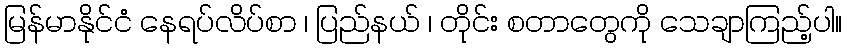
မြန်မာနိုင်ငံ နေရပ်လိပ်စာ ၊ ပြည်နယ် ၊ တိုင်း စတာတွေကို သေချာကြည့်ပါ။